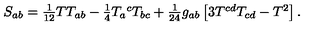
S _ { a b } = \textstyle { \frac { 1 } { 1 2 } } T T _ { a b } - \textstyle { \frac { 1 } { 4 } } T _ { a } { } ^ { c } T _ { b c } + \textstyle { \frac { 1 } { 2 4 } } g _ { a b } \left[ 3 T ^ { c d } T _ { c d } - T ^ { 2 } \right] .